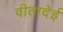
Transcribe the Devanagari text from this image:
वीतादेई